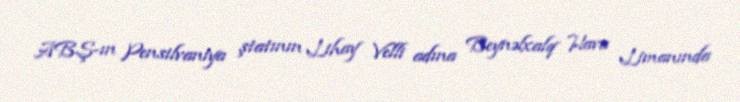
ABŞ-ın Pensilvaniya ştatının Lihay Velli adına Beynəlxalq Hava Limanında